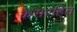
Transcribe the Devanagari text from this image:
केसरहित